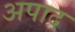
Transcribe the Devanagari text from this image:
अपाद